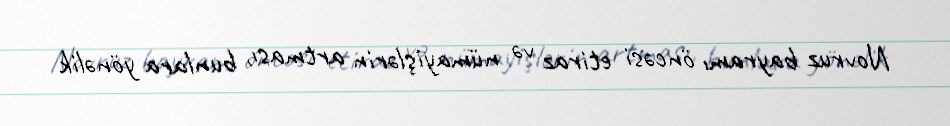
Novruz bayramı öncəsi etiraz və nümayişlərin artması, bunlara yönəlik